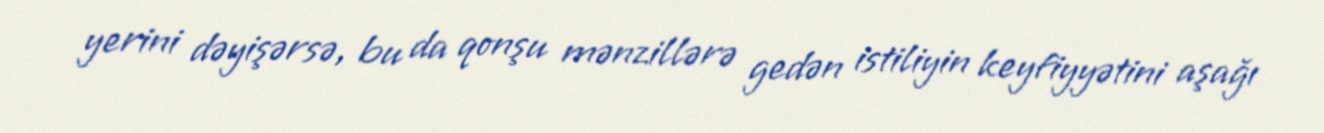
yerini dəyişərsə, bu da qonşu mənzillərə gedən istiliyin keyfiyyətini aşağı